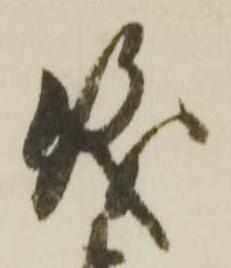
儀